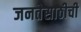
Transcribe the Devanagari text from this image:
जनतेसाठीची